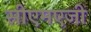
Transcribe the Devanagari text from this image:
सीएमएजी